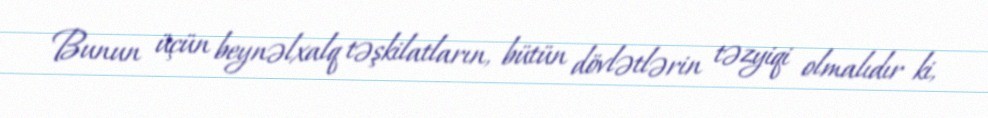
Bunun üçün beynəlxalq təşkilatların, bütün dövlətlərin təzyiqi olmalıdır ki,